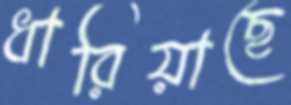
ধারিয়াছে